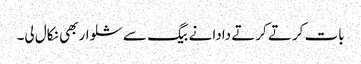
بات کرتے کرتے دادا نے بیگ سے شلوار بھی نکال لی۔